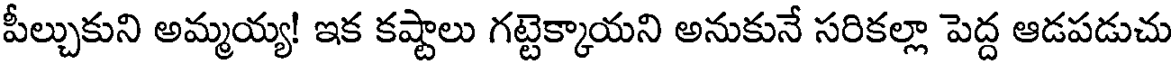
పీల్చుకుని అమ్మయ్య! ఇక కష్టాలు గట్టెక్కాయని అనుకునే సరికల్లా పెద్ద ఆడపడుచు